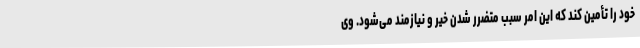
خود را تأمین کند که این امر سبب متضرر شدن خیر و نیازمند می‌شود. وی